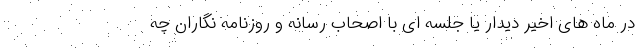
در ماه های اخیر دیدار یا جلسه ای با اصحاب رسانه و روزنامه نگاران چه